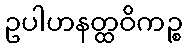
ဥပါဟနတ္ထဝိကဉ္စ